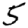
Digit: 5